Leaving Certificate Examination, 1906
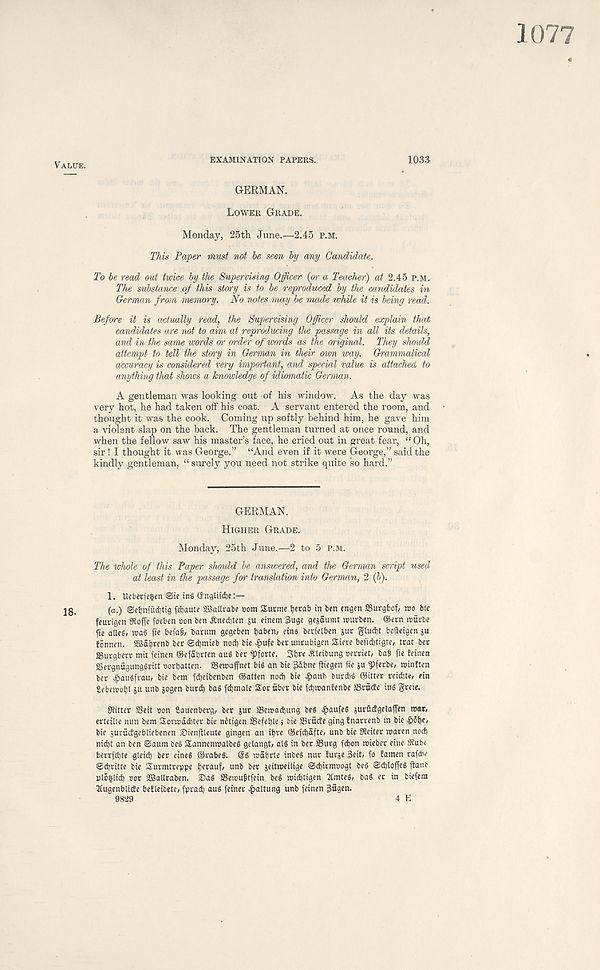
1077
1033
GERMAN.
Lower Grade.
Monday, 25th June.—2.45 P.M.
This Paper must not he seen by any Candidate.
To be read out twice by the Supervising Officer {pi- a Teacher) at 2.45 p.m.
The substance oj this stary is to be reproduced by the candidates in
German from memory. No notes may be made while it is being read.
Before it is actually read, the Supervising Officer should explain that
candidates are not to aim at reproducing the passage in all its details,
and in the same words oi- order of words as the original. They should
attempt to tell the story in Germom in their own way. Grammatical
accuracy is considered very important, and special value is attached to
anything that shows a knowledge of idiomatic German.
A gentleman was looking out of his window. As the day was
very hot, he had taken off his coat. A servant entered the room, and
thought it was the cook. Coming up softly behind him, he gave him
a violent slap on the back. The gentleman turned at once round, and
when the fellow saw his master’s face, he cried out in great fear, “ Oh,
sir ! I thought it was George.” “And even if it were George,” said the
kindly gentleman, “ surely you need not strike quite so hard.”
EXAMINATION PAPERS.
GERMAN.
Higher Grade.
Monday, 25th June.—2 to 5 p.m.
The whole of this Paper should be answered, and the German script used
at least in the passage for translation into German, 2 (b).
1. Ucberfefcen ©te tn§ (Sngltfdje
(a.) ©efmiudjtig fdjaute SBaUrabe com Surmc fjerab in ben engen SSurgbof/ t t >o btc
feuvigen Sftoffe fceben non ben JCnecbten ju einem 3uge gejaumt rcurben. ©ern nmirbe
fie aUe$, roaS fie befafl, barum gegeben babcn/ eins berfelben jut gtucl)t beffeigen ju
Jonnen. fffia' orenb ber ©d)mieb nod) bie £ufe bet unrubigen Siere befid)tigte, trat bet
SSurgberr mir feinen ©cfabrten au$ ber $>forte. 3b« Jtleibung oevriet, bat fie feinen
SSergnugungtritt oorbatten. Seroaffnet big an bie 3&bne jfiegen fie ju ipferbe, roinften
ber £au$fvau, bie bem fdjeibenben ©atten nod) bie ^>anb burd)g ©itter reidjte, fin
Scberoobt ju unb jogen burdb bag fdjmale Sor fiber bie fcbraantenbe SSrficte ing greie.
SRitter ffieit »on Sauenberg, ber jur SSewacbung beg 4?aufeg surfictgelaffen mar,
erteilte nun bem Sormdcbter bie notigen ffiefeble j bie SSvficte ging fnarrenb in bie ^)5be,
bie surficfgebliebenen Sienftleute gingen an ibre ©efcbafte, unb bie SReiter maren nod)
nid)t an ben ©aum beg SEannenmalbeg gelangt, alg in ber S3urg fdjon mieber eine iRube
berrfdjte gleid) ber eineg ©rabeg. ©g mabrte inbeg nur lurje 3eit, fo famen rafd' e
©djritte bie Surmtreppe fjerauf, unb ber jeitmeilige ©djirmoogt beg ©d)lo| Teg jtanb
ploblid) oor ffiSatlraben. Sag SSemufstfein beg midjtigen ICmteg, bag ec in biefera
Xugenblide belleibete, fprad) aug feiner ^attung unb feinen Sfigen.
9829
4 E